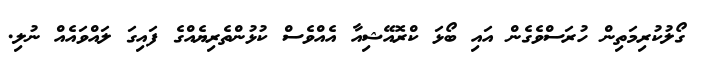
ގޯލުކުރިމަތިން ހުރަސްވެގެން އައި ބޯޅަ ކްރޮއޭޝިއާ އެއްވެސް ކުޅުންތެރިޔެއްގެ ފައިގަ ލައްވައެއް ނުލި.